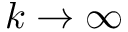
k \to \infty